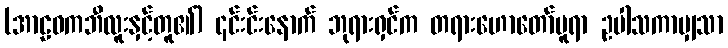
(အာဠဝကဘီလူးနှင့်တူ၏) ၎င်းင်းနောက် ဘုရားရှင်က တရားဟောတော်မူရာ ဥပါသကာမျှသာ